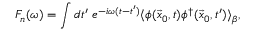
F _ { n } ( \omega ) = \int d t ^ { \prime } \; e ^ { - i \omega ( t - t ^ { \prime } ) } \langle \phi ( \vec { x } _ { 0 } , t ) \phi ^ { \dagger } ( \vec { x } _ { 0 } , t ^ { \prime } ) \rangle _ { \beta } ,